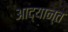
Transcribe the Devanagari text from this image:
आद्यान्त